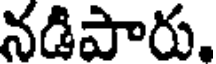
నడిపారు.